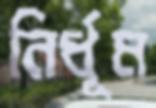
নির্ধূম